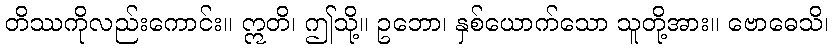
တိဿကိုလည်းကောင်း။ ဣတိ၊ ဤသို့။ ဥဘော၊ နှစ်ယောက်သော သူတို့အား။ ဗောဓေသိ၊